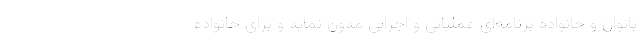
بانوان و خانواده برنامه‌ای عملیاتی و اجرایی مدون نماید و برای خانواده